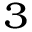
^ { 3 }